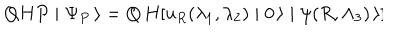
Q H P \mid \Psi _ { P } \, \rangle = Q \, H [ u _ { R } ( \lambda _ { 1 } , \lambda _ { 2 } ) \mid 0 \, \rangle \mid \psi ( R , \Lambda _ { 3 } ) \, \rangle ] \hspace { 1 . 5 i n }